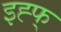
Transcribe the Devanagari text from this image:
इह्फ्